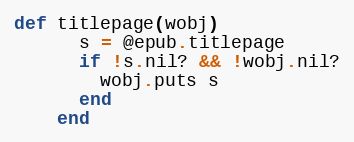
Language: Ruby
def titlepage(wobj)
      s = @epub.titlepage
      if !s.nil? && !wobj.nil?
        wobj.puts s
      end
    end